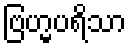
ဗြဟ္မပရိသာ